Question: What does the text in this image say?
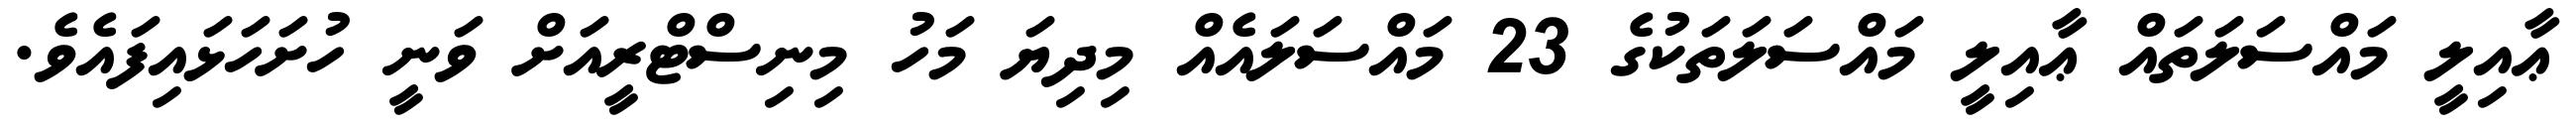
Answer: ޢާއިލީ މައްސަލަތައް ޢާއިލީ މައްސަލަތަކުގެ 23 މައްސަލައެއް މިދިޔަ މަހު މިނިސްޓްރީއަށް ވަނީ ހުށަހަޅައިފައެވެ.